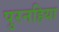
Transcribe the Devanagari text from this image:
पुरनहिया